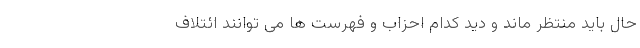
حال باید منتظر ماند و دید کدام احزاب و فهرست ها می توانند ائتلاف